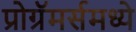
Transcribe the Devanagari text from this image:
प्रोग्रॅमर्समध्ये